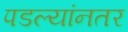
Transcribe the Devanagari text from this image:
पडल्यांनतर